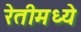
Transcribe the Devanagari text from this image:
रेतीमध्ये